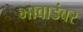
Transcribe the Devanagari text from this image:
भावाडंबर